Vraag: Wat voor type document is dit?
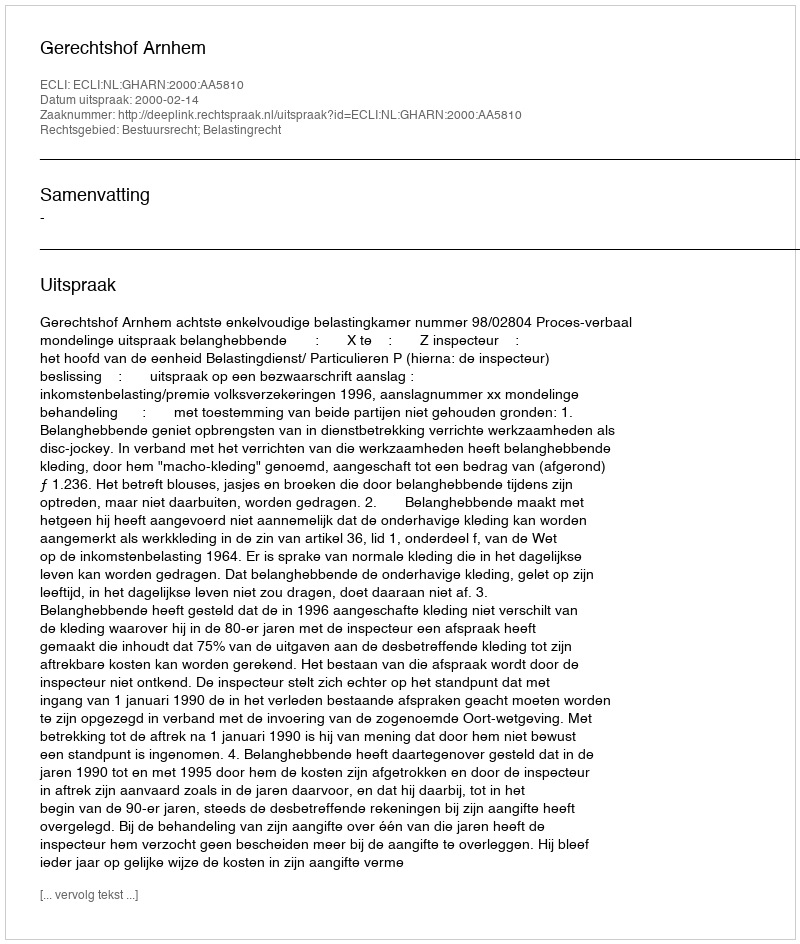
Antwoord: Uitspraak